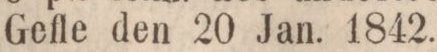
Gefle den 20 Jan. 1842.